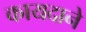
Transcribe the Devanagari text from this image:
कायदाने